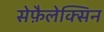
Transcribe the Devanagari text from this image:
सेफ़ैलेक्सिन